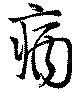
病